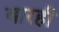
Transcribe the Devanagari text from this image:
वारही